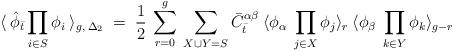
LaTeX: \begin{align*}\langle \: {\hat \phi}_{\bar t} \prod_{i \in S} \phi_i \:\rangle_{g, \: {\Delta_{2}}} \; = \; \frac{1}{2} \:\sum_{r=0}^{g} \:\sum_{X \cup Y = S}{\bar C}_{\bar t}^{\alpha \beta} \: \langle \phi_{\alpha}\: \prod_{j \in X} \phi_j \rangle_{r} \:\langle \phi_{\beta} \: \prod_{k \in Y}\phi_k \rangle_{g-r} \\\end{align*}